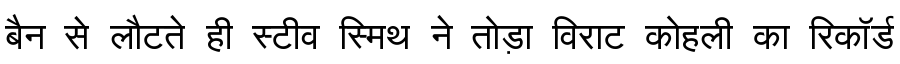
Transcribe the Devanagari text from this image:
बैन से लौटते ही स्टीव स्मिथ ने तोड़ा विराट कोहली का रिकॉर्ड